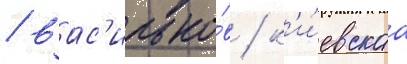
/ вас'илько́в / к'и́евскаа